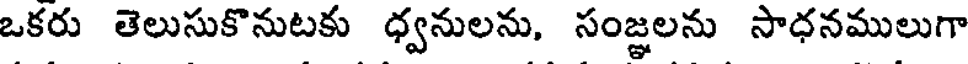
ఒకరు తెలుసుకొనుటకు ధ్వనులను, సంజ్ఞలను సాధనములుగా